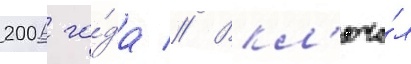
2006 го́да // Вкл'юча́л